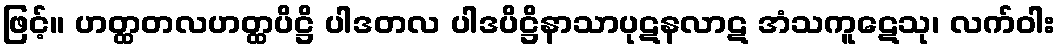
ဖြင့်။ ဟတ္ထတလဟတ္ထပိဋ္ဌိ ပါဒတလ ပါဒပိဋ္ဌိနာသာပုဋနလာဋ အံသကူဋေသု၊ လက်ဝါး